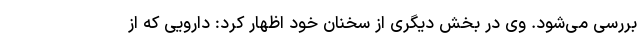
بررسی می‌شود. وی در بخش دیگری از سخنان خود اظهار کرد: دارویی که از